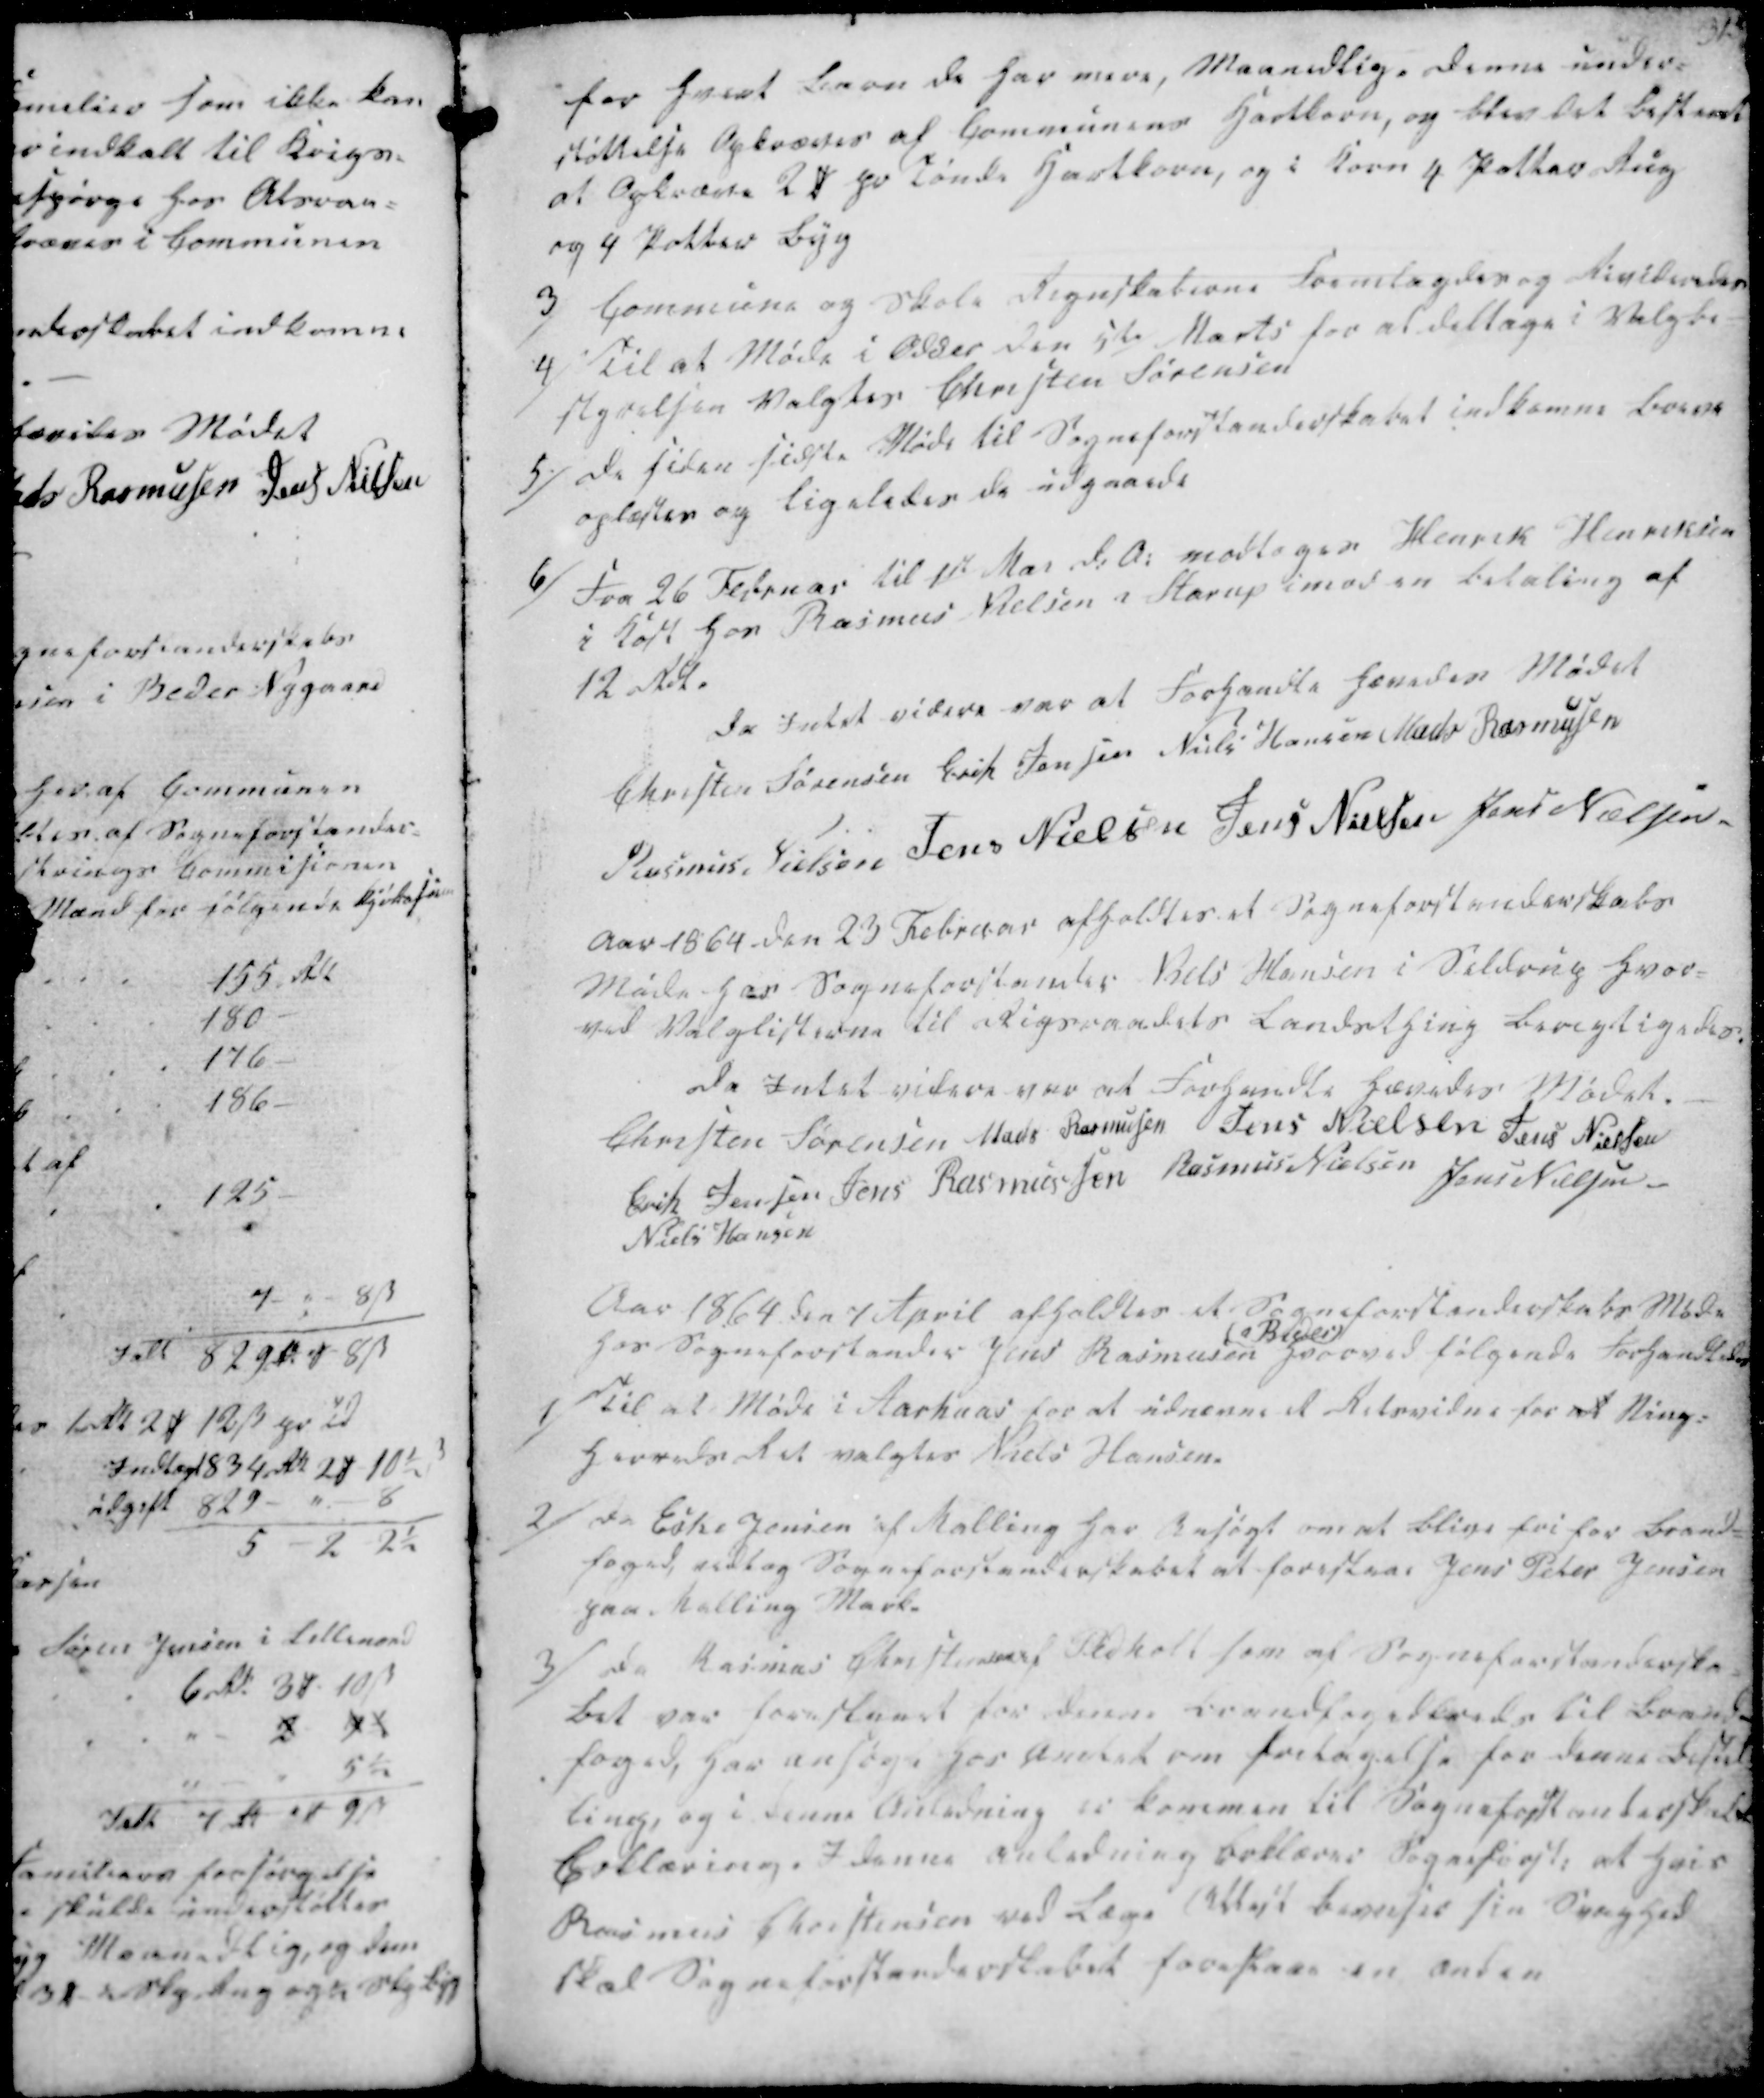
Transskription:
for hvert Barn de har mere, Maanedlig. Denne under-
støttelse Opkræves af Communens Hartkorn, og blev det bestemt
at Opkræve 2 ₻ pr Tønde Hartkorn, og i Korn 4 Potter Rug
og 9 Potter Byg

3/ Commune og Skole Regnskaberne Fremlagdes og Revideredes
4/ Til at Møde i Odder den 5te Marts for at deltage i Valgbe-
styrelsen Valgtes Christen Sørensen

5/ De siden sidste Møde til Sogneforstanderskabet indkomne Breve
oplæstes og ligeledes de udgaaede
6/ Fra 26 Februar til 1ste Mai d.A. modtages Henrik Henriksen
i Kost hos Rasmus Nielsen i Starup imod en betaling af
12 Rdl.

Da Intet videre var at Forhandle hævedes Mødet
Christen Sørensen
Erik Jensen
Niels Hansen
Mads Rasmussen
Rasmus Nielsen
Jens Nielsen
Jens Nielsen
Jens Nielsen

Aar 1864 den 23 Februar afholdtes et Sogneforstanderskabs
Møde hos Sogneforstander Niels Hansen i Seldrup hvor-
ved Valglisterne til Rigsraadets Landsthing berigtigedes.

Da Intet videre var at Forhandle hævedes Mødet.
Christen Sørensen
Mads Rasmussen
Jens Nielsen
Jens Nielsen
Erik Jensen
Jens Rasmussen
Rasmus Nielsen
Jens Nielsen
Niels Hansen

Aar 1864 den 7 April afholdtes et Sogneforstanderskabs Møde
hos Sogneforstander Jens Rasmussen
(i Beder)
hvorved følgende Forhandles

1/
Til at Møde i Aarhuus for at udnævne et Retsvidne for at Ning-
Herreds Ret valgtes Niels Hansen.
2/ Da Eske Jensen af Malling har Ansøgt om at blive fri for Brand-
foged, vedtog Sogneforstanderskabet at foreslaae Jens Peter Jensen
paa Malling Mark.

3/ Da Rasmus Christensen af Pedholt som af Sogneforstanderska-
bet var foreslaaet for denne Brandfogedkreds til Brand-
foged, har ansøgt hos Amtet om fritagelse for denne Bestil-
ling, og i denne Anledning err kommen til Sogneforstanderskabets
Erklæring. I denne Anledning Erklærer Sogneforst. at hvis
Rasmus Christensen ved Læge Attest beviser sin Svaghed
skal Sogneforstanderskabet foreslaae en anden